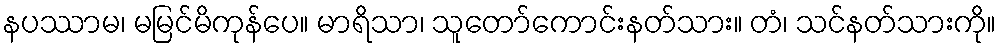
နပဿာမ၊ မမြင်မိကုန်ပေ။ မာရိသာ၊ သူတော်ကောင်းနတ်သား။ တံ၊ သင်နတ်သားကို။